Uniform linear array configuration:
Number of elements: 4
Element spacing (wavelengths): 1
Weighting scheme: hamming
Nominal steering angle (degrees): -60
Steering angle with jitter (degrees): -59.313
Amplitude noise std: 0.05
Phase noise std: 0.05

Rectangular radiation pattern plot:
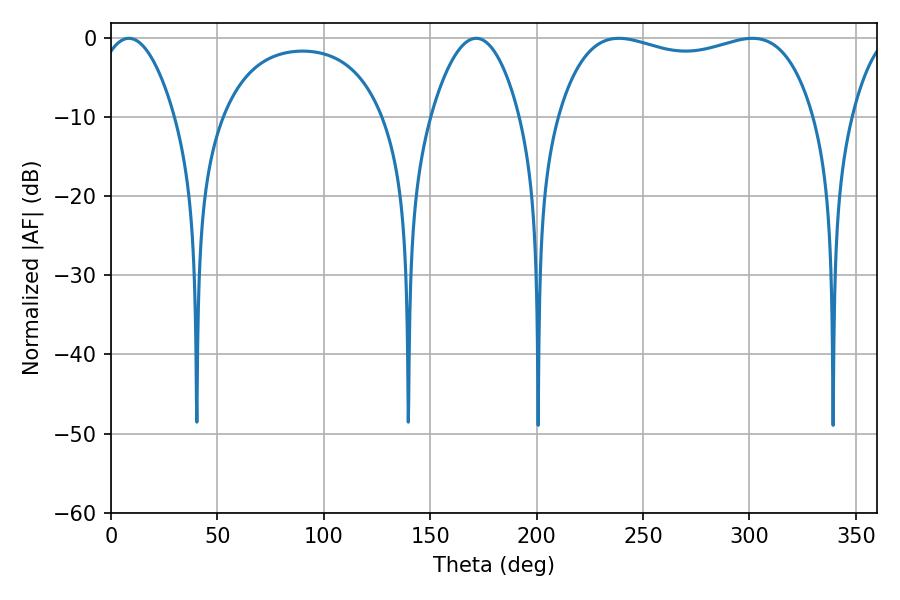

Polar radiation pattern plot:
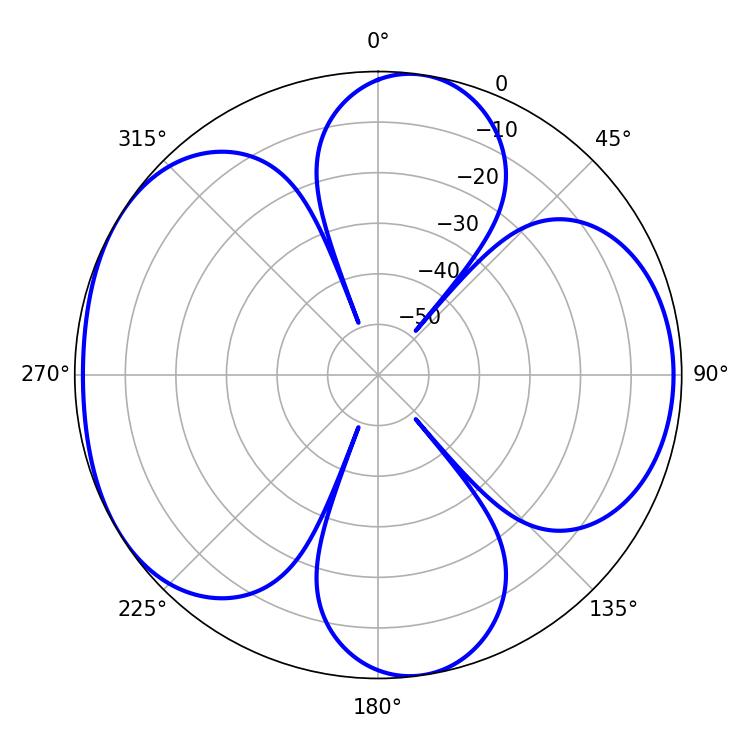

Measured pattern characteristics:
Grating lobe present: TRUE
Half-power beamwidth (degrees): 97.92
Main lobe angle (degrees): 238.68